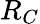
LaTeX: R_{C}